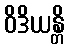
ဝိဒိယန္တိ